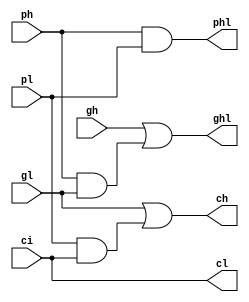
module cla_gpc (
    input             gh,
    input             ph,
    input             gl,
    input             pl,
    input             ci,

    output            ghl,
    output            phl,
    output            ch,
    output            cl
);

assign ghl = gh | ph & gl;
assign phl = ph & pl;
assign ch = gl | pl & ci;
assign cl = ci;

endmodule